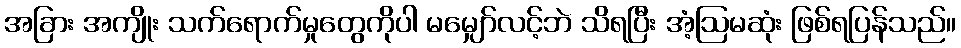
အခြား အကျိုး သက်ရောက်မှုတွေကိုပါ မမျှော်လင့်ဘဲ သိရပြီး အံ့ဩမဆုံး ဖြစ်ရပြန်သည်။